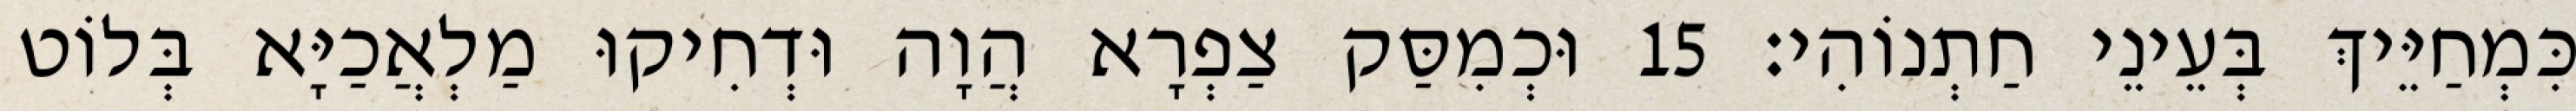
כִּמְחַיֵּיךְ בְּעֵינֵי חַתְנוֹהִי׃ 15 וּכְמִסַּק צַפְרָא הֲוָה וּדְחִיקוּ מַלְאֲכַיָּא בְּלוֹט